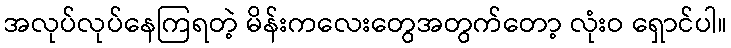
အလုပ်လုပ်နေကြရတဲ့ မိန်းကလေးတွေအတွက်တော့ လုံးဝ ရှောင်ပါ။